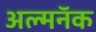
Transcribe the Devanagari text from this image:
अल्मनॅक